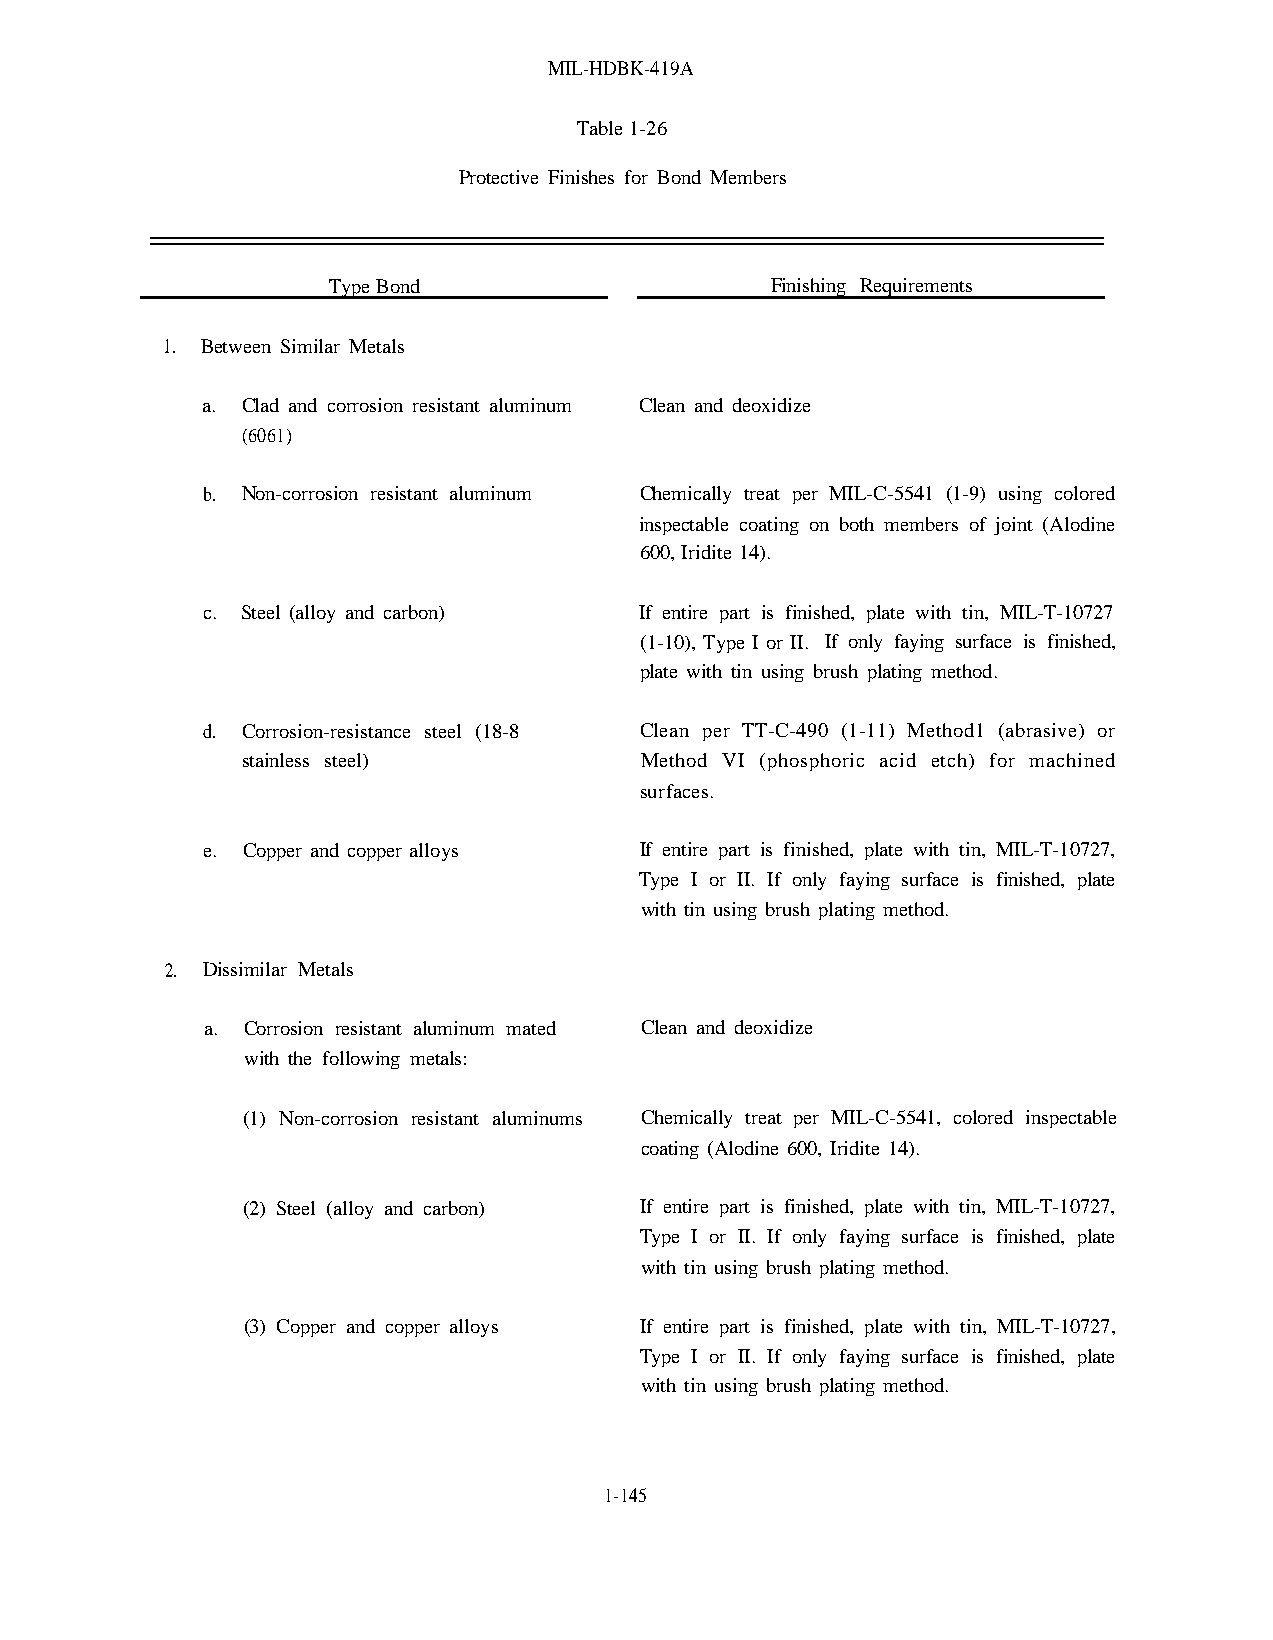
MIL-HDBK-419A
 Table 1-26
 Protective Finishes for Bond Members
 Type Bond                    Finishing Requirements
 1. Between Similar Metals
 a. Clad and corrosion resistant aluminum Clean and deoxidize
 (6061)
 b. Non-corrosion resistant aluminum Chemically treat per MIL-C-5541 (1-9) using colored
 inspectable coating on both members of joint (Alodine
 600, Iridite 14).
 c. Steel (alloy and carbon)  If entire part is finished, plate with tin, MIL-T-10727
 (1-10), Type I or II. If only faying surface is finished,
 plate with tin using brush plating method.
 d. Corrosion-resistance steel (18-8 Clean per TT-C-490 (1-11) Method1 (abrasive) or
 stainless steel)          Method VI (phosphoric acid etch) for machined
 surfaces.
 e. Copper and copper alloys  If entire part is finished, plate with tin, MIL-T-10727,
 Type I or II. If only faying surface is finished, plate
 with tin using brush plating method.
 2. Dissimilar Metals
 a. Corrosion resistant aluminum mated Clean and deoxidize
 with the following metals:
 (1) Non-corrosion resistant aluminums Chemically treat per MIL-C-5541, colored inspectable
 coating (Alodine 600, Iridite 14).
 (2) Steel (alloy and carbon) If entire part is finished, plate with tin, MIL-T-10727,
 Type I or II. If only faying surface is finished, plate
 with tin using brush plating method.
 (3) Copper and copper alloys If entire part is finished, plate with tin, MIL-T-10727,
 Type I or II. If only faying surface is finished, plate
 with tin using brush plating method.
 1-145